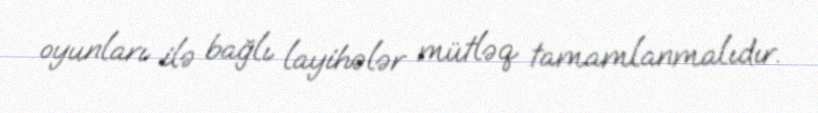
oyunları ilə bağlı layihələr mütləq tamamlanmalıdır.